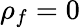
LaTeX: \rho_{f}=0